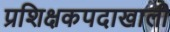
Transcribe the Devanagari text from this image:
प्रशिक्षकपदाखाली